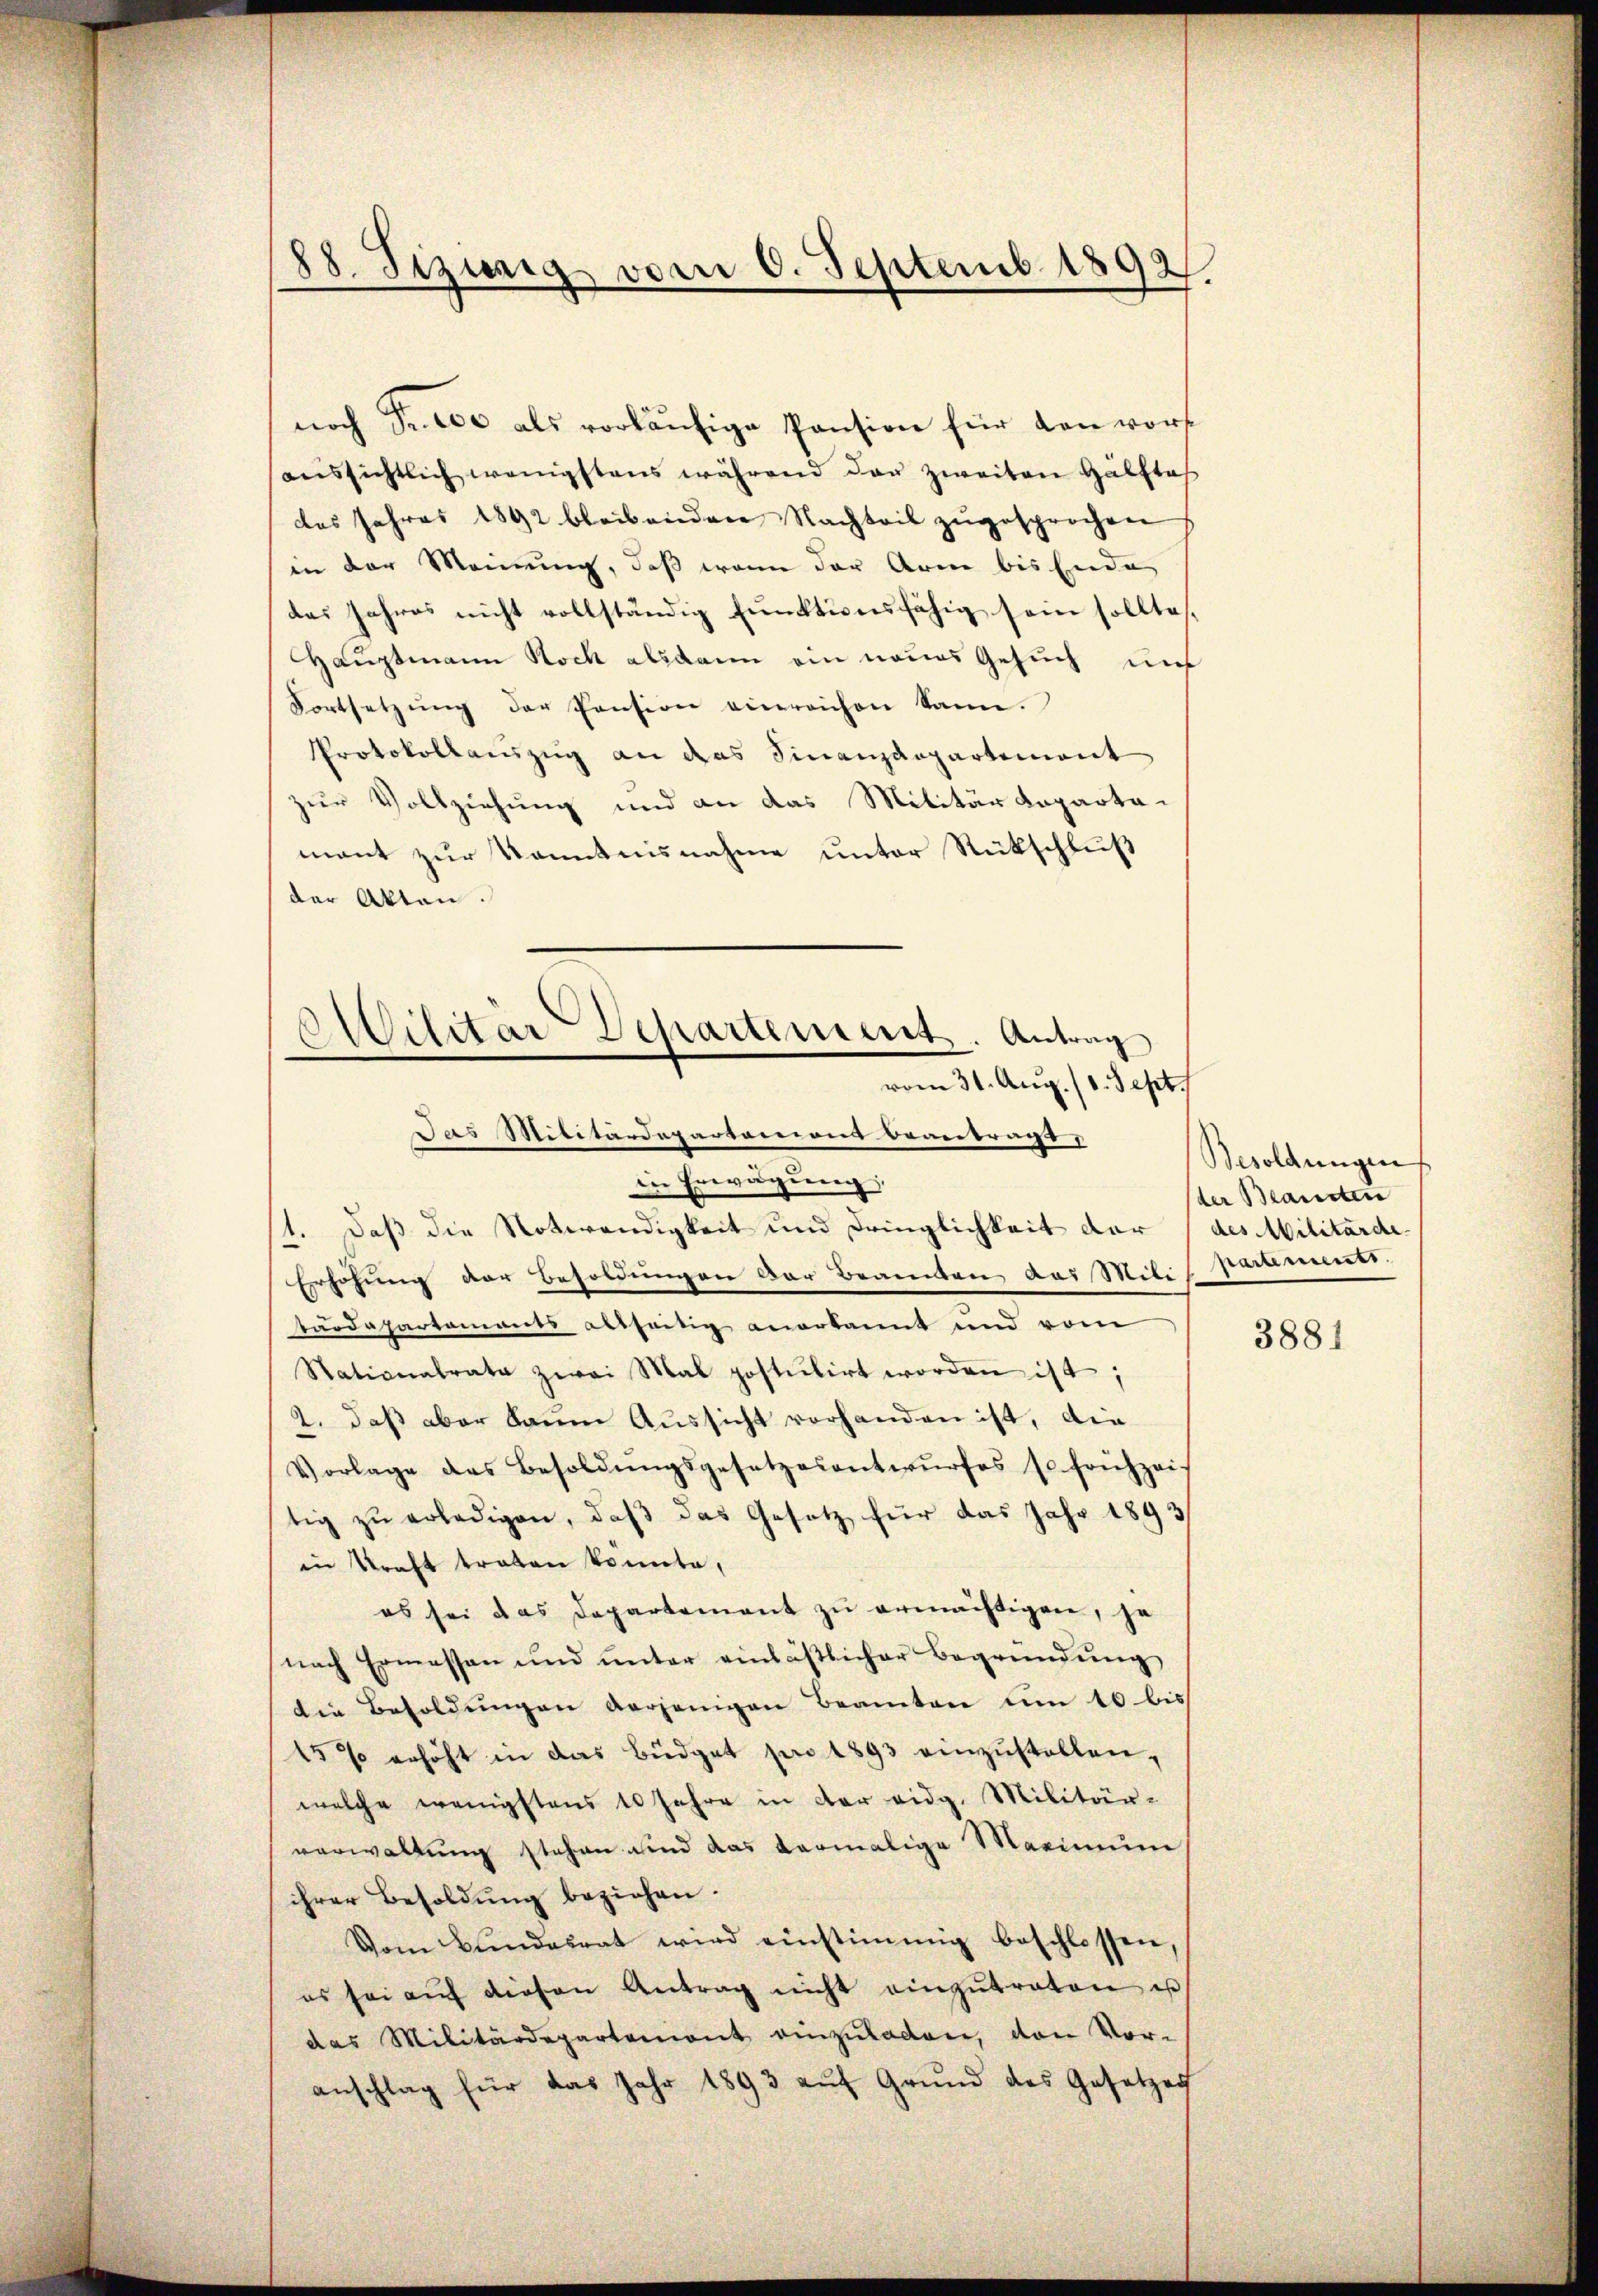
88. Sizierig vom 6. Septemb. 1892

noch Fr. 100 als vorläufige Pension für den vorf
aŭssichtlich wenigstens während der zweiten Hälfte
das Jahres 1892 bleibenden Nachteil zŭgesprochen
in der Meinung, daß wenn der Arm bis Ende
das Jahres nicht vollständig funktionsfähig sein sollte.
Hauptmann Rock alsdann ein neues Gesuch uns
Fortsetzŭng der Pension einreichen kann.
Protokollauszug an das Finanzdepartement
zur Vollziehung und an das Militärdepartamant zur Kenntnisnahme unter Rückschluß
der Akten.
in Erwägung;
1. Daß die Notwendigkeit und Dringlichkeit der
Erhöhung der Besoldungen der Beamten aus Milis Saaments.
tärdepartaments abseitig anerkannt und vom
Stationalrata zwei Mal postulirt worden ist;
2. daß aber kaum Aussicht vorhanden ist, die
Vorlage des Besoldŭngsgesetzesentwŭrfes so frühzei
tig zŭ erledigen, daβ das Gesetz für das Jahr 1893/
in Kraft traten konnte,
es sei das Departement zu ermächtigen, je
nach Ermessen und unter einläßlicher Begründung
die Besoldŭngen verjenigen Beamten um 10 bis
15 % erhöht in das Büdget pro 1893 einzustellen,
welche wenigstens 10 Jahre in der eidg. Militär-
verwaltung stehen und das vermalige Maximum
ihrer Besoldung beziehen.
Vom Bundesrat wird einstimmig beschlossen,
es sei aŭf diesen Antrag nicht einzŭtraten us
das Militärdepartement einzŭladen, von Voranschlag für das Jahr 1893 aŭf Grund des Gesetzes

Militär Departement. Antrag
vom 31. Aug. 11. Sept.
Das Militärdepartement beantragt,

Besoldungen
der Beamten
des Militärde

3881